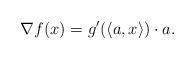
LaTeX: \begin{align*}\nabla f(x)=g'(\langle a,x\rangle)\cdot a.\end{align*}